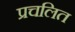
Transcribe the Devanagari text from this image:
प्रचलित